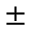
\pm